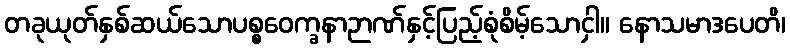
တခုယုတ်နှစ်ဆယ်သောပစ္စဝေက္ခနာဉာဏ်နှင့်ပြည့်စုံစိမ့်သောငှါ။ နောသမာဒပေတိ၊